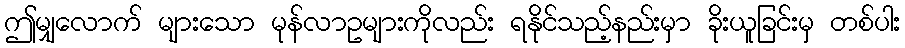
ဤမျှလောက် များသော မုန်လာဥများကိုလည်း ရနိုင်သည့်နည်းမှာ ခိုးယူခြင်းမှ တစ်ပါး